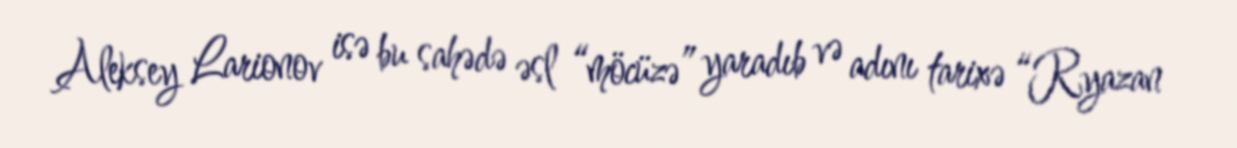
Aleksey Larionov isə bu sahədə əsl “möcüzə” yaradıb və adını tarixə “Ryazan